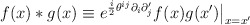
\begin{align*}f(x) * g(x) \equiv e^{\frac{i}{2}\theta^{ij}\partial_i \partial'_j} f(x)g(x')\big|_{x=x'}\end{align*}